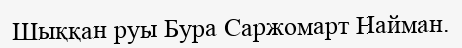
Шыққан руы Бура Саржомарт Найман.